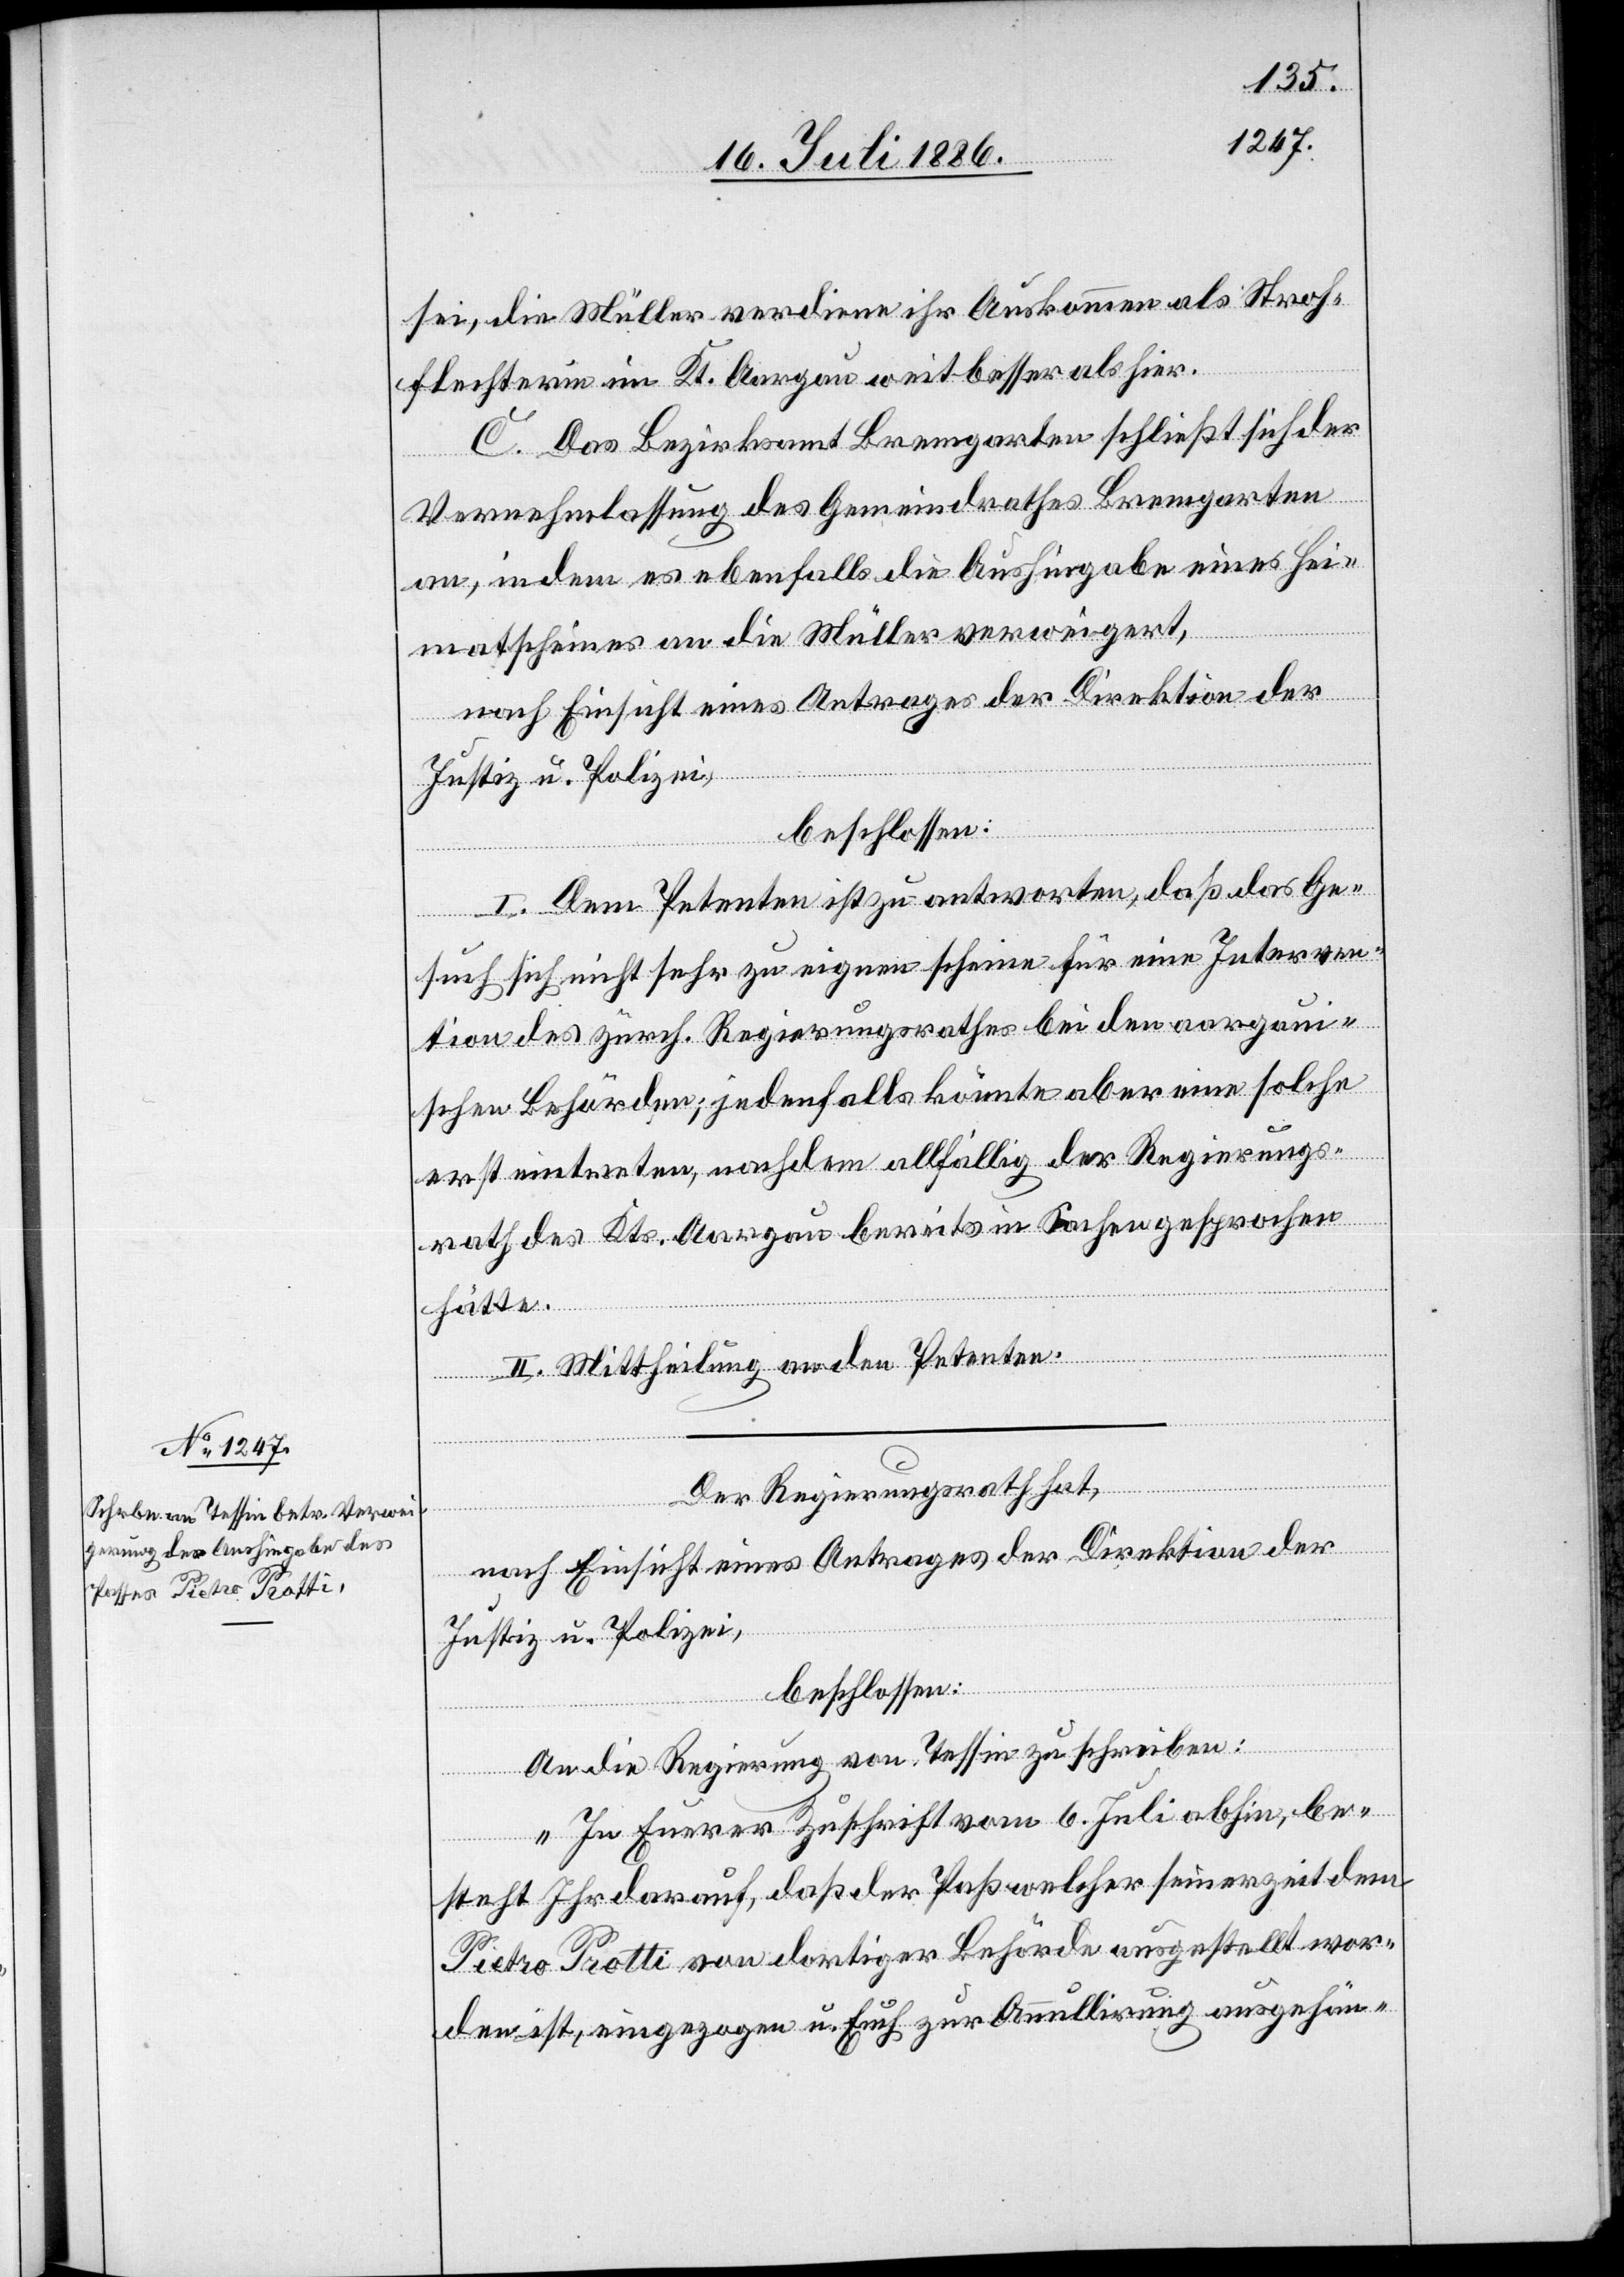
sei, die Müller verdiene ihr Auskommen als Stroh¬
flechterin im Kt. Aargau weit besser als hier.
C. Das Bezirksamt Bremgarten schließt sich der
Vernehmlassung des Gemeindrathes Bremgarten
an, indem es ebenfalls die Aushingabe eines Hei¬
matscheines an die Müller verweigert,
nach Einsicht eines Antrages der Direktion der
Justiz u. Polizei,
beschlossen:
I. Dem Petenten ist zu antworten, daß das Ge¬
such sich nicht sehr zu eignen scheine für eine Interven¬
tion des zürch. Regierungsrathes bei den aargau¬
ischen Behörden; jedenfalls könnte aber eine solche
erst eintreten, nachdem allfällig der Regierungs¬
rath des Kts. Aargau bereits in Sachen gesprochen
hätte.
II. Mittheilung an den Petenten.
Der Regierungsrath hat,
nach Einsicht eines Antrages der Direktion der
Justiz u. Polizei,
beschlossen:
An die Regierung von Tessin zu schreiben:
„In Euerer Zuschrift vom 6. Juli abhin, be¬
steht Ihr darauf, daß der Paß welcher seinerzeit dem
Pietro Protti von dortiger Behörde ausgestellt wor¬
den ist, eingezogen u. Euch zu Annullirung ausgehän-